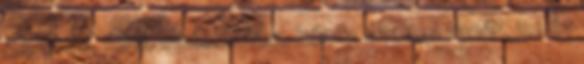
54 éves, férfi, matematika, kémia szakos tanár, 32 év